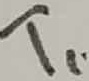
Text: T1